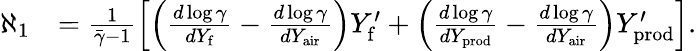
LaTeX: \begin{array}{rl}{\aleph_{1}}&{=\frac{1}{\bar{\gamma}-1}\left[\left(\frac{d\log\gamma}{dY_{\mathrm{f}}}-\frac{d\log\gamma}{dY_{\mathrm{air}}}\right)Y_{\mathrm{f}}^{\prime}+\left(\frac{d\log\gamma}{dY_{\mathrm{prod}}}-\frac{d\log\gamma}{dY_{\mathrm{air}}}\right)Y_{\mathrm{prod}}^{\prime}\right].}\end{array}